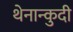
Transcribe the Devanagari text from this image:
थेनान्कुदी